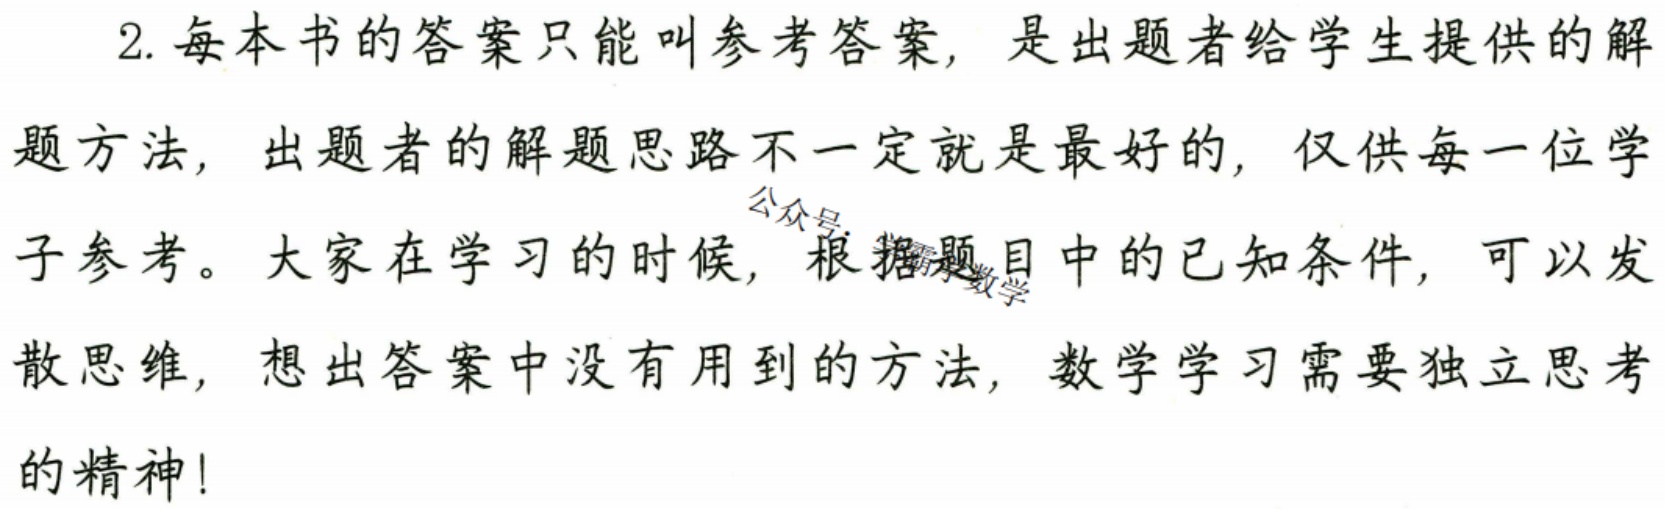
2. 每本书的答案只能叫参考答案，是出题者给学生提供的解
题方法，出题者的解题思路不一定就是最好的，仅供每一位学
子参考。大家在学习的时候，根据题目中的已知条件，可以发
散思维，想出答案中没有用到的方法，数学学习需要独立思考
的精神！